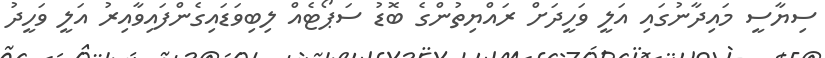
ސިޔާސީ މައިދާނުގައި އަލީ ވަހީދަށް ރައްޔިތުންގެ ބޮޑު ސަޕޯޓެއް ލިބިވަޑައިގެންފައިވާއިރު އަލީ ވަހީދު